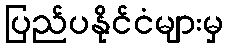
ပြည်ပနိုင်ငံများမှ